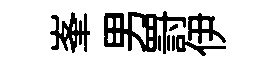
峯男罸伊